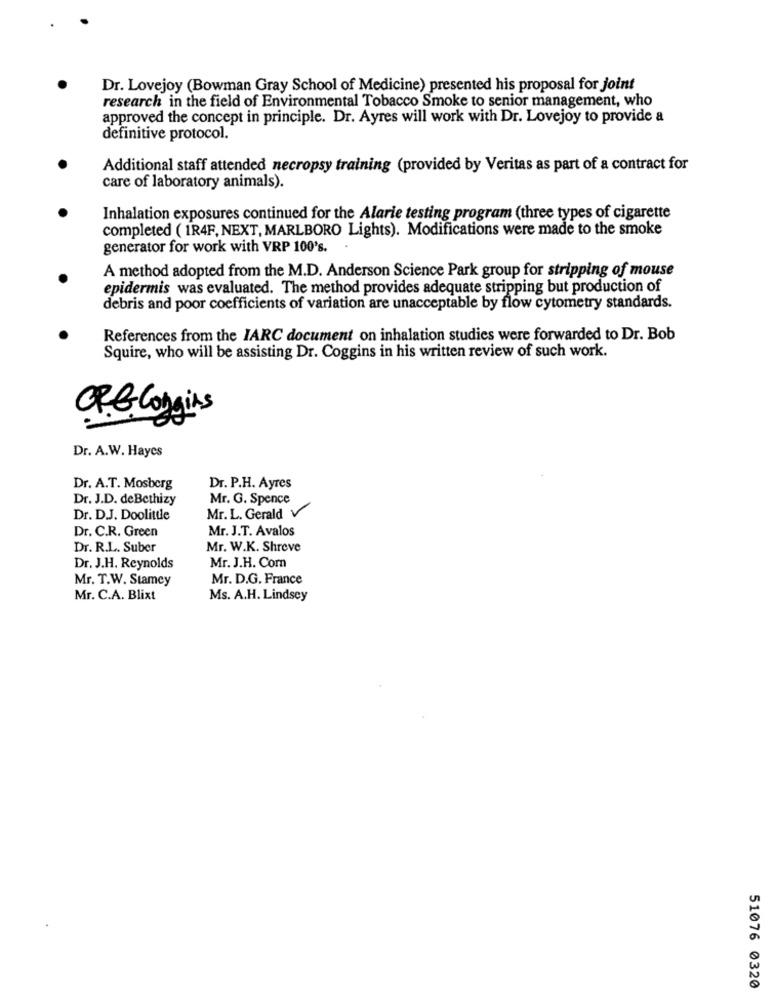
Dr. Lovejoy (Bowman Gray School of Medicine) presented his proposal for joint
research in the field of Environmental Tobacco Smoke to senior management, who
approved the concept in principle. Dr. Ayres will work with Dr. Lovejoy to provide a
definitive protocol.
Additional staff attended necropsy training (provided by Veritas as part of a contract for
care of laboratory animals).
Inhalation exposures continued for the Alarie testing program (three types of cigarette
completed ( 1R4F, NEXT, MARLBORO Lights). Modifications were made to the smoke
generator for work with VRP 100's.
A method adopted from the M.D. Anderson Science Park group for stripping of mouse
epidermis was evaluated. The method provides adequate stripping but production of
debris and poor coefficients of variation are unacceptable by flow cytometry standards.
References from the IARC document on inhalation studies were forwarded to Dr. Bob
Squire, who will be assisting Dr. Coggins in his written review of such work.
OP.B. Congins
Dr. A.W. Haycs
Dr. A.T. Mosberg
Dr. P.H. Ayres
Dr. J.D. de Bethizy
Mr. G. Spence
Dr. D.J. Doolittle
Mr. L. Gerald V
Dr. C.R. Green
Mr. J.T. Avalos
Dr. R.L. Suber
Mr. W.K. Shreve
Mr. J.H. Com
Dr. J.H. Reynolds
Mr. T.W. Stamey
Mr. D.G. France
Mr. C.A. Blixt
Ms. A.H. Lindsey
51076 0320